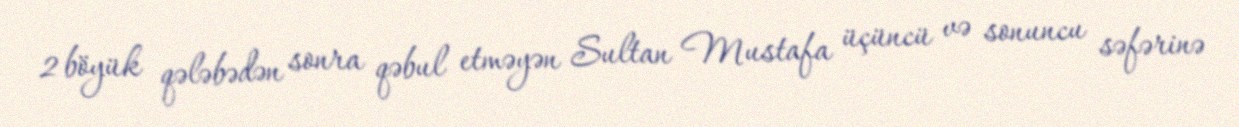
2 böyük qələbədən sonra qəbul etməyən Sultan Mustafa üçüncü və sonuncu səfərinə